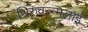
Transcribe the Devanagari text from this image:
थिरुवन्न्मलाई